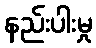
နည်းပါးမှု